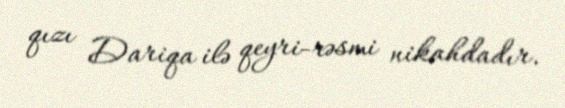
qızı Dariqa ilə qeyri-rəsmi nikahdadır.